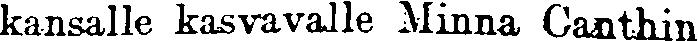
kansalle kasvavalle Minna Canthin